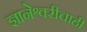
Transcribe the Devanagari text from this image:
ज्ञानेश्वरीचाही